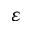
\varepsilon